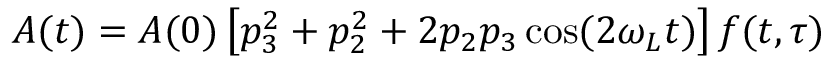
A ( t ) = A ( 0 ) \left[ p _ { 3 } ^ { 2 } + p _ { 2 } ^ { 2 } + 2 p _ { 2 } p _ { 3 } \cos ( 2 \omega _ { L } t ) \right] f ( t , \tau )